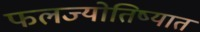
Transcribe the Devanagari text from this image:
फलज्योतिष्यात